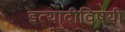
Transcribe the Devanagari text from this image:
इत्यादीविषयी